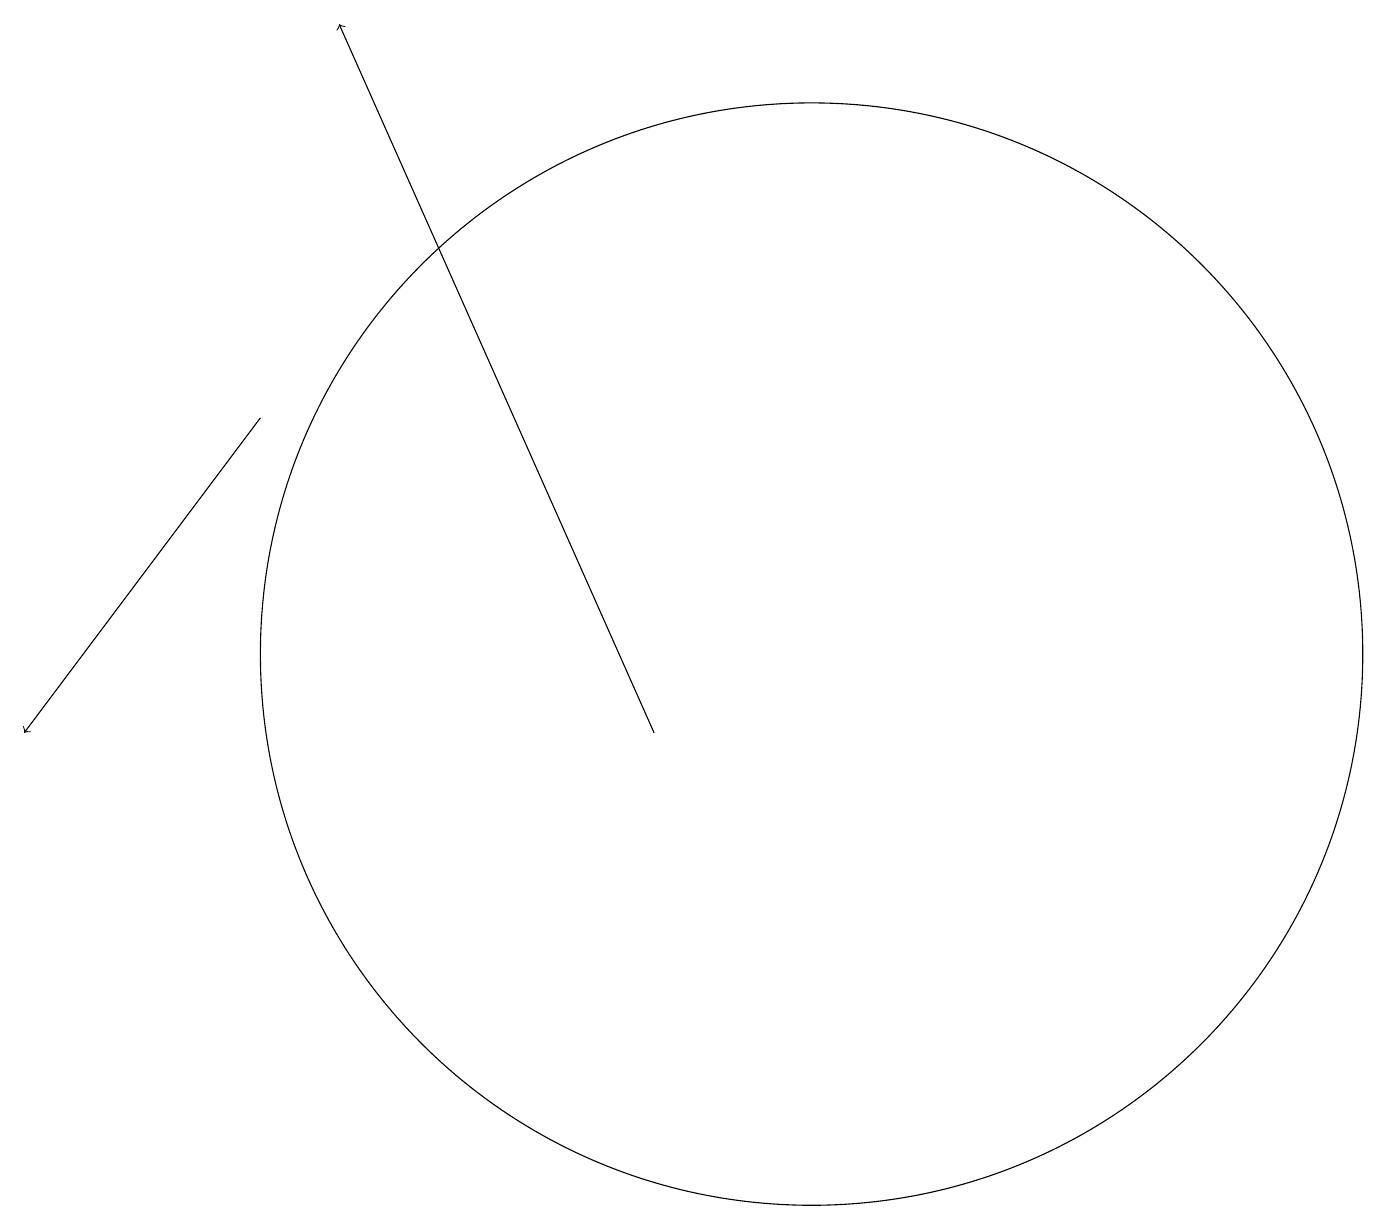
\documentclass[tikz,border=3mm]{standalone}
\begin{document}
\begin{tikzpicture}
\draw[->] (9,10) -- (5,19);
\draw (11,11) circle (7);
\draw[->] (4,14) -- (1,10);
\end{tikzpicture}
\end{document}